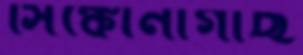
সিঙ্কোনাগাছ